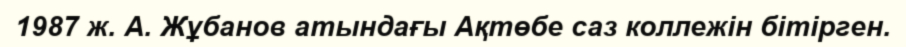
1987 ж. А. Жұбанов атындағы Ақтөбе саз коллежін бітірген.